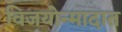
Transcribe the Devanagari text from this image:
विजयोन्मादात